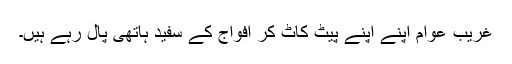
غریب عوام اپنے اپنے پیٹ کاٹ کر افواج کے سفید ہاتھی پال رہے ہیں۔